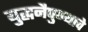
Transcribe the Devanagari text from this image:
युद्धनैपुण्याचे